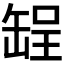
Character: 𫄺